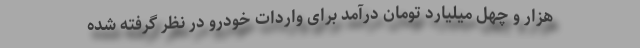
هزار و چهل میلیارد تومان درآمد برای واردات خودرو در نظر گرفته شده